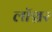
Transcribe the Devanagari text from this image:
लॉञ्चर